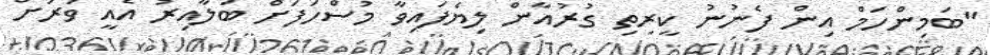
"ބަމިންހަމް އިން ފެނުނު ކީރިތި ގުރުއާން ލިޔެފައިވާ މުސްހަފަށް ބަލާއިރު އެއީ ވަރަށް